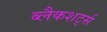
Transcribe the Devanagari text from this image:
ब्लैकशर्ट्स